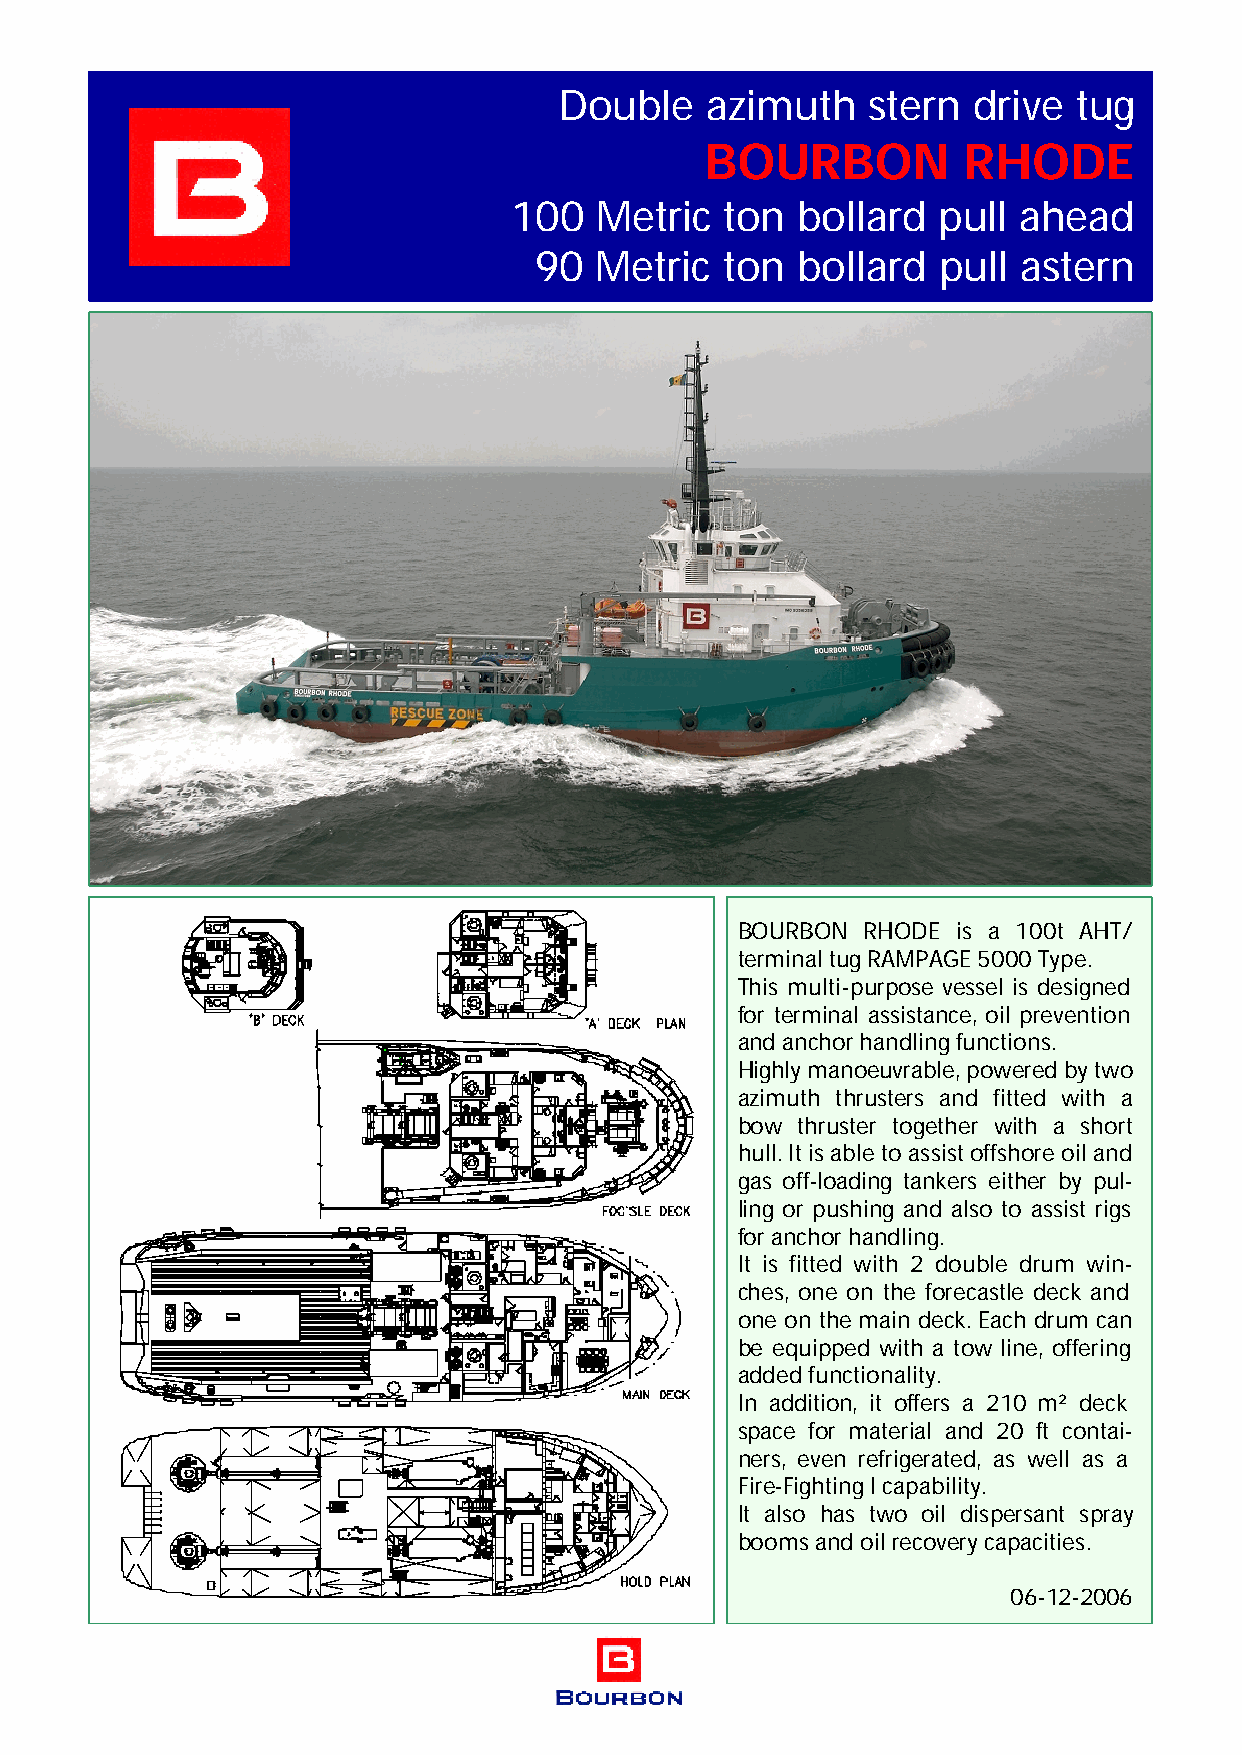
Double    azimuth   stern  drive  tug
 BOURBON          RHODE
 100  Metric   ton  bollard  pull ahead
 90  Metric   ton  bollard  pull  astern
 BOURBON RHODE is a 100t AHT/
 terminal tug RAMPAGE 5000 Type.
 This multi-purpose vessel is designed
 for terminal assistance, oil prevention
 and anchor handling functions.
 Highly manoeuvrable, powered by two
 azimuth thrusters and fitted with a
 bow thruster together with a short
 hull. It is able to assist offshore oil and
 gas off-loading tankers either by pul-
 ling or pushing and also to assist rigs
 for anchor handling.
 It is fitted with 2 double drum win-
 ches, one on the forecastle deck and
 one on the main deck. Each drum can
 be equipped with a tow line, offering
 added functionality.
 In addition, it offers a 210 m² deck
 space for material and 20 ft contai-
 ners, even refrigerated, as well as a
 Fire-Fighting I capability.
 It also has two oil dispersant spray
 booms and oil recovery capacities.
 06-12-2006